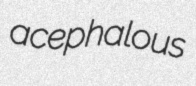
acephalous